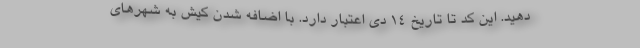
دهید. این کد تا تاریخ ۱۴ دی اعتبار دارد. با اضافه شدن کیش به شهرهای